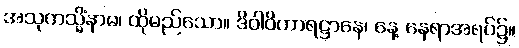
အသုကသ္မိံနာမ၊ ထိုမည်သော။ ဒိဝါဝိဟာရဋ္ဌာနေ၊ နေ့ နေရာအရပ်၌။